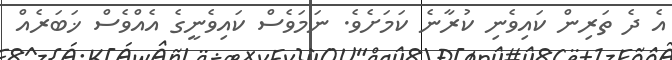
އެ ދެ ތަރިން ކައިވެނި ކުރާނެ ކަމަށެވެ. ނަމަވެސް ކައިވެނީގެ އެއްވެސް ޚަބަރެއް